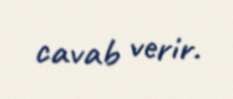
cavab verir.